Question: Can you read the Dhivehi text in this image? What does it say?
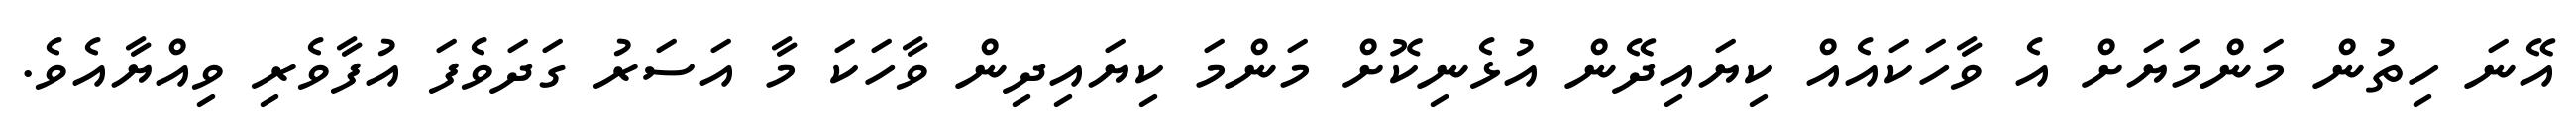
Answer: އޭނަ ހިތުން މަންމަޔަށް އެ ވާހަކައެއް ކިޔައިދޭން އުޅެނިކޮށް މަންމަ ކިޔައިދިން ވާހަކަ މާ އަސަރު ގަދަވެފަ އުފާވެރި ވިއްޔާއެވެ.